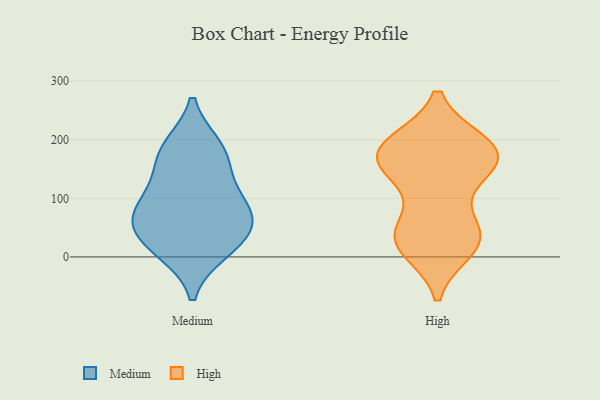
{"axis": {"x": "Gross Profit (USD K)", "y": "Value"}, "legend": ["High", "Medium"], "data": [{"x": "", "y": 185, "type": "Medium"}, {"x": "", "y": 60, "type": "Medium"}, {"x": "", "y": 118, "type": "Medium"}, {"x": "", "y": 53, "type": "Medium"}, {"x": "", "y": 13, "type": "Medium"}, {"x": "", "y": 85, "type": "Medium"}, {"x": "", "y": 10, "type": "Medium"}, {"x": "", "y": 157, "type": "Medium"}, {"x": "", "y": 46, "type": "Medium"}, {"x": "", "y": 86, "type": "Medium"}, {"x": "", "y": 188, "type": "Medium"}, {"x": "", "y": 21, "type": "High"}, {"x": "", "y": 188, "type": "High"}, {"x": "", "y": 31, "type": "High"}, {"x": "", "y": 169, "type": "High"}, {"x": "", "y": 146, "type": "High"}, {"x": "", "y": 41, "type": "High"}, {"x": "", "y": 163, "type": "High"}, {"x": "", "y": 15, "type": "High"}, {"x": "", "y": 53, "type": "High"}, {"x": "", "y": 193, "type": "High"}, {"x": "", "y": 34, "type": "High"}, {"x": "", "y": 190, "type": "High"}, {"x": "", "y": 141, "type": "High"}, {"x": "", "y": 187, "type": "High"}, {"x": "", "y": 165, "type": "High"}]}